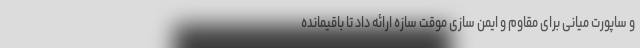
و ساپورت میانی برای مقاوم و ایمن سازی موقت سازه ارائه داد تا باقیمانده